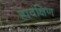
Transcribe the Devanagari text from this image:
हादक्षिण